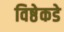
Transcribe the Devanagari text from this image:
विष्ठेकडे